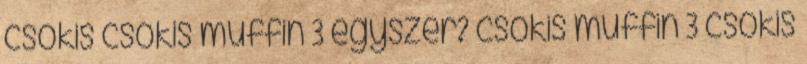
csokis csokis muffin 3 egyszer? csokis muffin 3 csokis